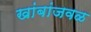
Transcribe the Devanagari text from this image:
खांबांजवळ